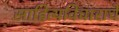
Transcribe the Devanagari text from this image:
साहित्यविचाराचे